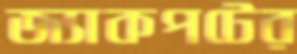
জ্যাকপটের